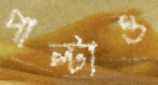
পাল্টাও